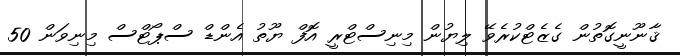
ޤާނޫނީގޮތުން ގެޒެޓްކުރެވޭ ލިޔުން މިނިސްޓްރީ އޮފް ޔޫތު އެންޑް ސްޕޯޓްސް މިނިވަން 50